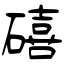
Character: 礂